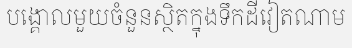
បង្គោលមួយចំនួនស្ថិតក្នុងទឹកដីវៀតណាម